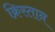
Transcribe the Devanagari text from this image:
क्रिस्तान